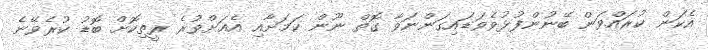
އެކަން ކުރައްވަން ބޭނުންފުޅުވެވަޑައިގަންނަވާ ގޮތް ނޫން ކަމަށާއި އެއަށްވުރެ ރީތިކޮށް ބޮޑު ކުރެވޭނެ